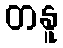
တနူ